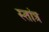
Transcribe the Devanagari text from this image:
स्तांत्र